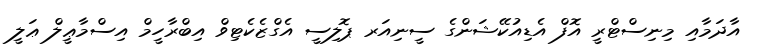
އާދަމާއި މިނިސްޓްރީ އޮފް އެޑިއުކޭޝަންގެ ސީނިއަރ ޕޮލިސީ އެގްޒެކެޓިވް އިބްރާހީމް އިސްމާޢީލް ޢަލީ